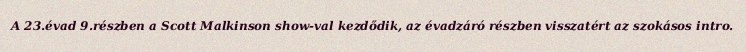
A 23.évad 9.részben a Scott Malkinson show-val kezdődik, az évadzáró részben visszatért az szokásos intro.